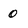
Character: 0